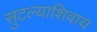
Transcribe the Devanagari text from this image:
सुटल्याशिवाय